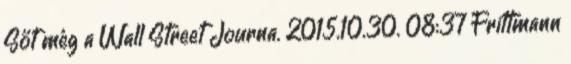
Sőt még a Wall Street Journa. 2015.10.30. 08:37 Frittmann